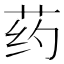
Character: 药